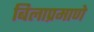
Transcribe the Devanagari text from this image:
बिलाप्रमाणे